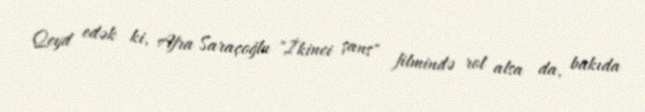
Qeyd edək ki, Afra Saraçoğlu "İkinci şans" filmində rol alsa da, bakıda